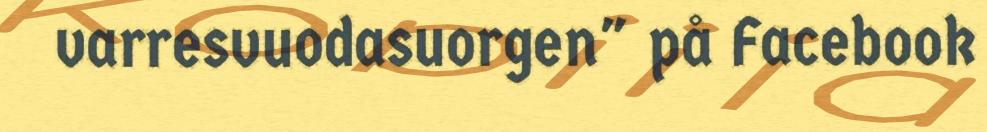
varresvuodasuorgen" på Facebook